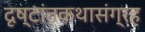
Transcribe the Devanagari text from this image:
दृष्टांतकथासंग्रह